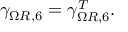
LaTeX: \gamma _ { \Omega R , 6 } = \gamma _ { \Omega R , 6 } ^ { T } .